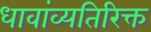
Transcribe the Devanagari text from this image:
धावांव्यतिरिक्त